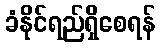
ခံနိုင်ရည်ရှိစေရန်